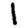
Digit: 1